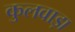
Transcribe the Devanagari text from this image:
कुलवाड़ा